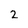
Character: 2